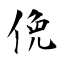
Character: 俛